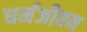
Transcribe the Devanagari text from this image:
धर्मजीवन